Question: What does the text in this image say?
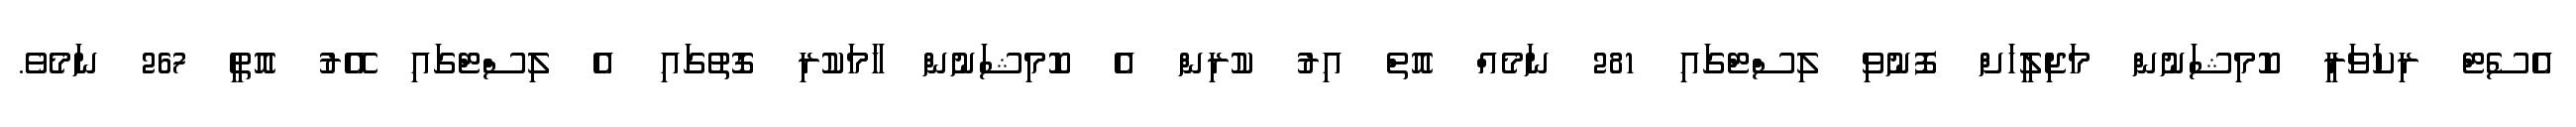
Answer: އެސެޓް ރިކަވަރީ ކޮމިޝަނުން މަޖިލީހަށް ފޮނުވި ލިސްޓްގައި 281 ނަމެއް އޮތް އިރު ކުރިން އެ ކޮމިޝަނުން ހާމަކުރި ގޮތުގައި އެ ލިސްޓްގައި އޭރު އޮތީ 267 ނަމެވެ.